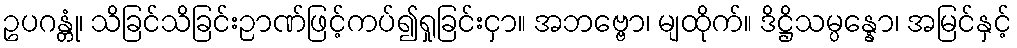
ဥပဂန္တုံ၊ သိခြင်သိခြင်းဉာဏ်ဖြင့်ကပ်၍ရှုခြင်းငှာ။ အဘဗ္ဗော၊ မျထိုက်။ ဒိဋ္ဌိသမ္ပန္နော၊ အမြင်နှင့်